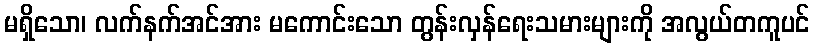
မရှိသော၊ လက်နက်အင်အား မကောင်းသော တွန်းလှန်ရေးသမားများကို အလွယ်တကူပင်